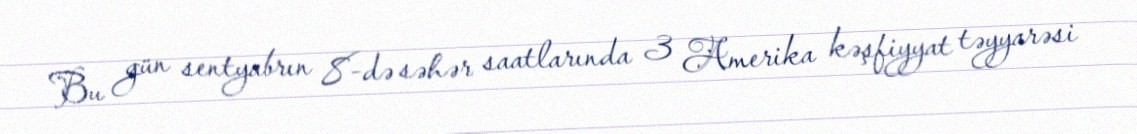
Bu gün sentyabrın 8-də səhər saatlarında 3 Amerika kəşfiyyat təyyarəsi